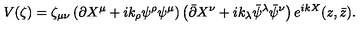
V ( \zeta ) = \zeta _ { \mu \nu } \left( \partial X ^ { \mu } + i k _ { \rho } \psi ^ { \rho } \psi ^ { \mu } \right) \left( \bar { \partial } X ^ { \nu } + i k _ { \lambda } \bar { \psi } ^ { \lambda } \bar { \psi } ^ { \nu } \right) e ^ { i k X } ( z , \bar { z } ) .